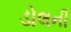
ડોલની